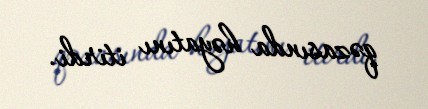
qəzasında həyatını itirdi.